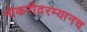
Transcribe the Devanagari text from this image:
नोकरीदरम्यानच